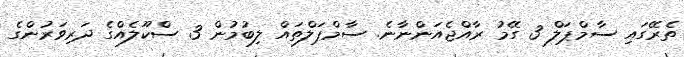
ތެރޭގައި ސާމްޕަލް 3 ގޭމު ރާއްޖެއަންނާނެ. ސާމްޕަލްތައް ލިބުމުން 3 ސްކޫލެއްގެ ދަރިވަރުންގެ